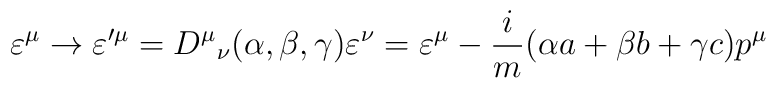
\varepsilon^{\mu} \rightarrow \varepsilon^{\prime \mu} = {D^{\mu}}_{\nu}(\alpha, \beta, \gamma)\varepsilon^{\nu} = \varepsilon^{\mu} - \frac{i}{m}(\alpha a + \beta b + \gamma c)p^{\mu}